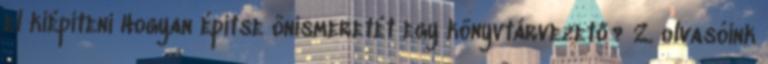
el kiépíteni Hogyan építse önismeretét egy könyvtárvezető? 2. olvasóink